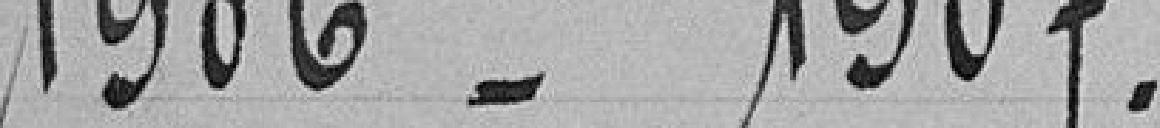
1906 - 1907